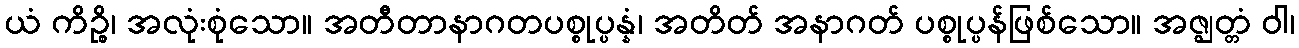
ယံ ကိဉ္စိ၊ အလုံးစုံသော။ အတီတာနာဂတပစ္စုပ္ပန္နံ၊ အတိတ် အနာဂတ် ပစ္စုပ္ပန်ဖြစ်သော။ အဇ္ဈတ္တံ ဝါ၊